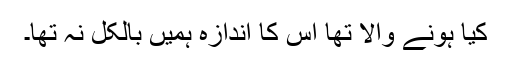
کیا ہونے والا تھا اس کا اندازہ ہمیں بالکل نہ تھا۔